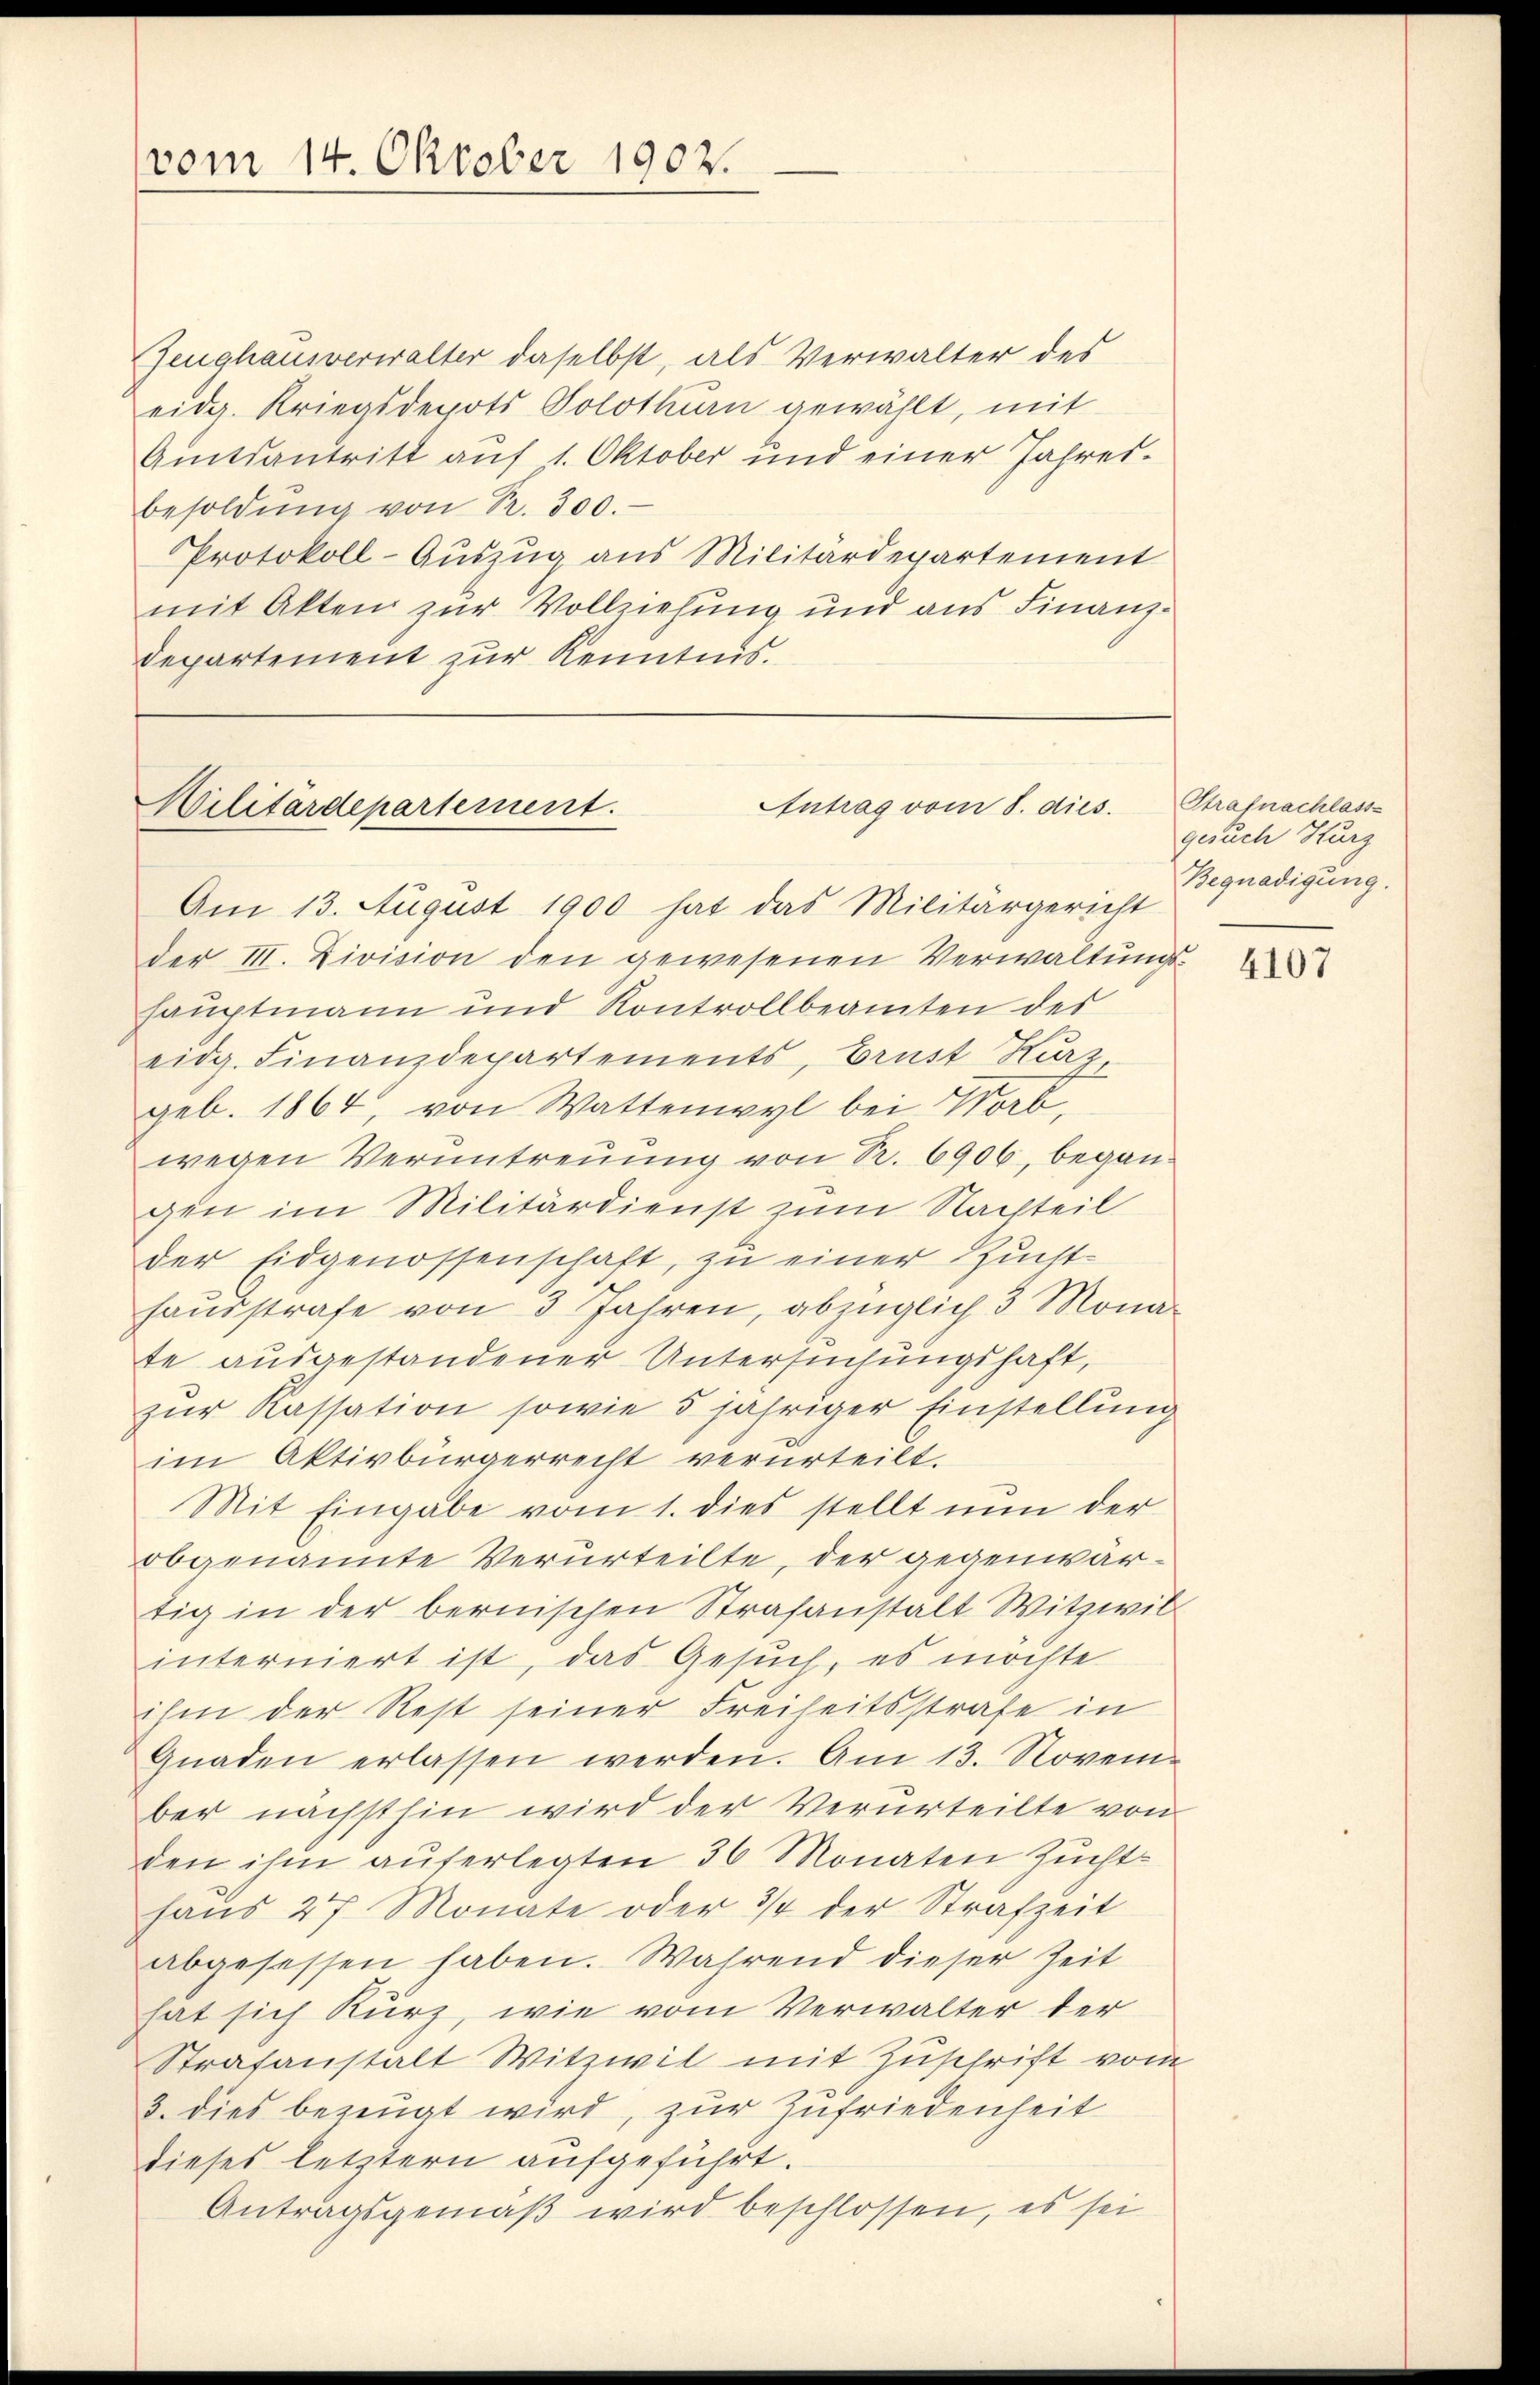
vom 14. Oktober 1902.

Zeughausverwalter daselbst, als Verwalter des
eidg. Kriegsdepots Solothurn gewählt, mit
Amtsantritt auf 1. Oktober und einer Jahresbesoldŭng von R. 300.
Protokoll-Auszug aus Militärdepartement
mit Akten zur Vollziehung und aus Finanzdepartement zur Kenntnis.

Antrag vom 8. dies.
Militärdepartement.

Am 13. August 1900 hat das Militärgericht
der III. Division den gewesenen Verwaltungs-
hauptmann und Kontrollbeamten des
eidg. Finanzdepartements, Brust Kurz
geb. 1864, von Wattenwyl bei b
wegen Verantreuung von R. 6906, begangen im Militärdienst zum Nachteil
der Eidgenossenschaft, zu einer Zucht-
haŭsstrafe von 3 Jahren, abzüglich 3 Monate ausgestandener Untersuchungshaft,
zur Kassation sowie 5 jähriger Einstellung
im Aktivbürgerrecht verurteilt.
Mit Eingabe vom 1. dies stellt nun der
obgenannte Verurteilte, der gegenwärtig in der bernischen Strafanstalt Witzwil
interniert ist, das Gesuch, es möchte
ihm der Rest seiner Freiheitsstrafe in
Gnaden erlassen werden. Am 13. Novem
ber nächsthin wird der Verurteilte von
den ihm auferlegten 36 Monaten Zŭcht-
haŭs 27. Monate oder 3/4 der Strafzeit
abgesessen haben. Während dieser Zeit
hat sich kurz, wie vom Verwalter der
Strafanstalt Witzwil mit Zuschrift vom
3. dies bezeugt wird, zur Zufriedenheit
dieses letztern aufgeführt.
Antragsgemäß wird beschlossen, es sei

Strafnachlass
gesuch Kurz
Begnadigung.

4107